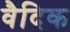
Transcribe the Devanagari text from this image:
वैदिक